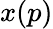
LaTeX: x(p)